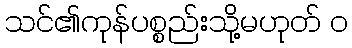
သင်၏ကုန်ပစ္စည်းသို့မဟုတ် ၀